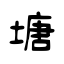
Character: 塘